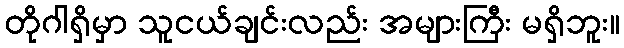
တိုဂါရှိမှာ သူငယ်ချင်းလည်း အများကြီး မရှိဘူး။